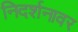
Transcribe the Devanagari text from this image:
निदर्शनावर